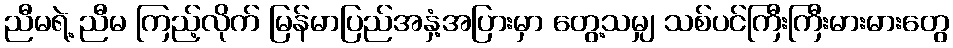
ညီမရဲ့ ညီမ ကြည့်လိုက် မြန်မာပြည်အနှံ့အပြားမှာ တွေ့သမျှ သစ်ပင်ကြီးကြီးမားမားတွေ